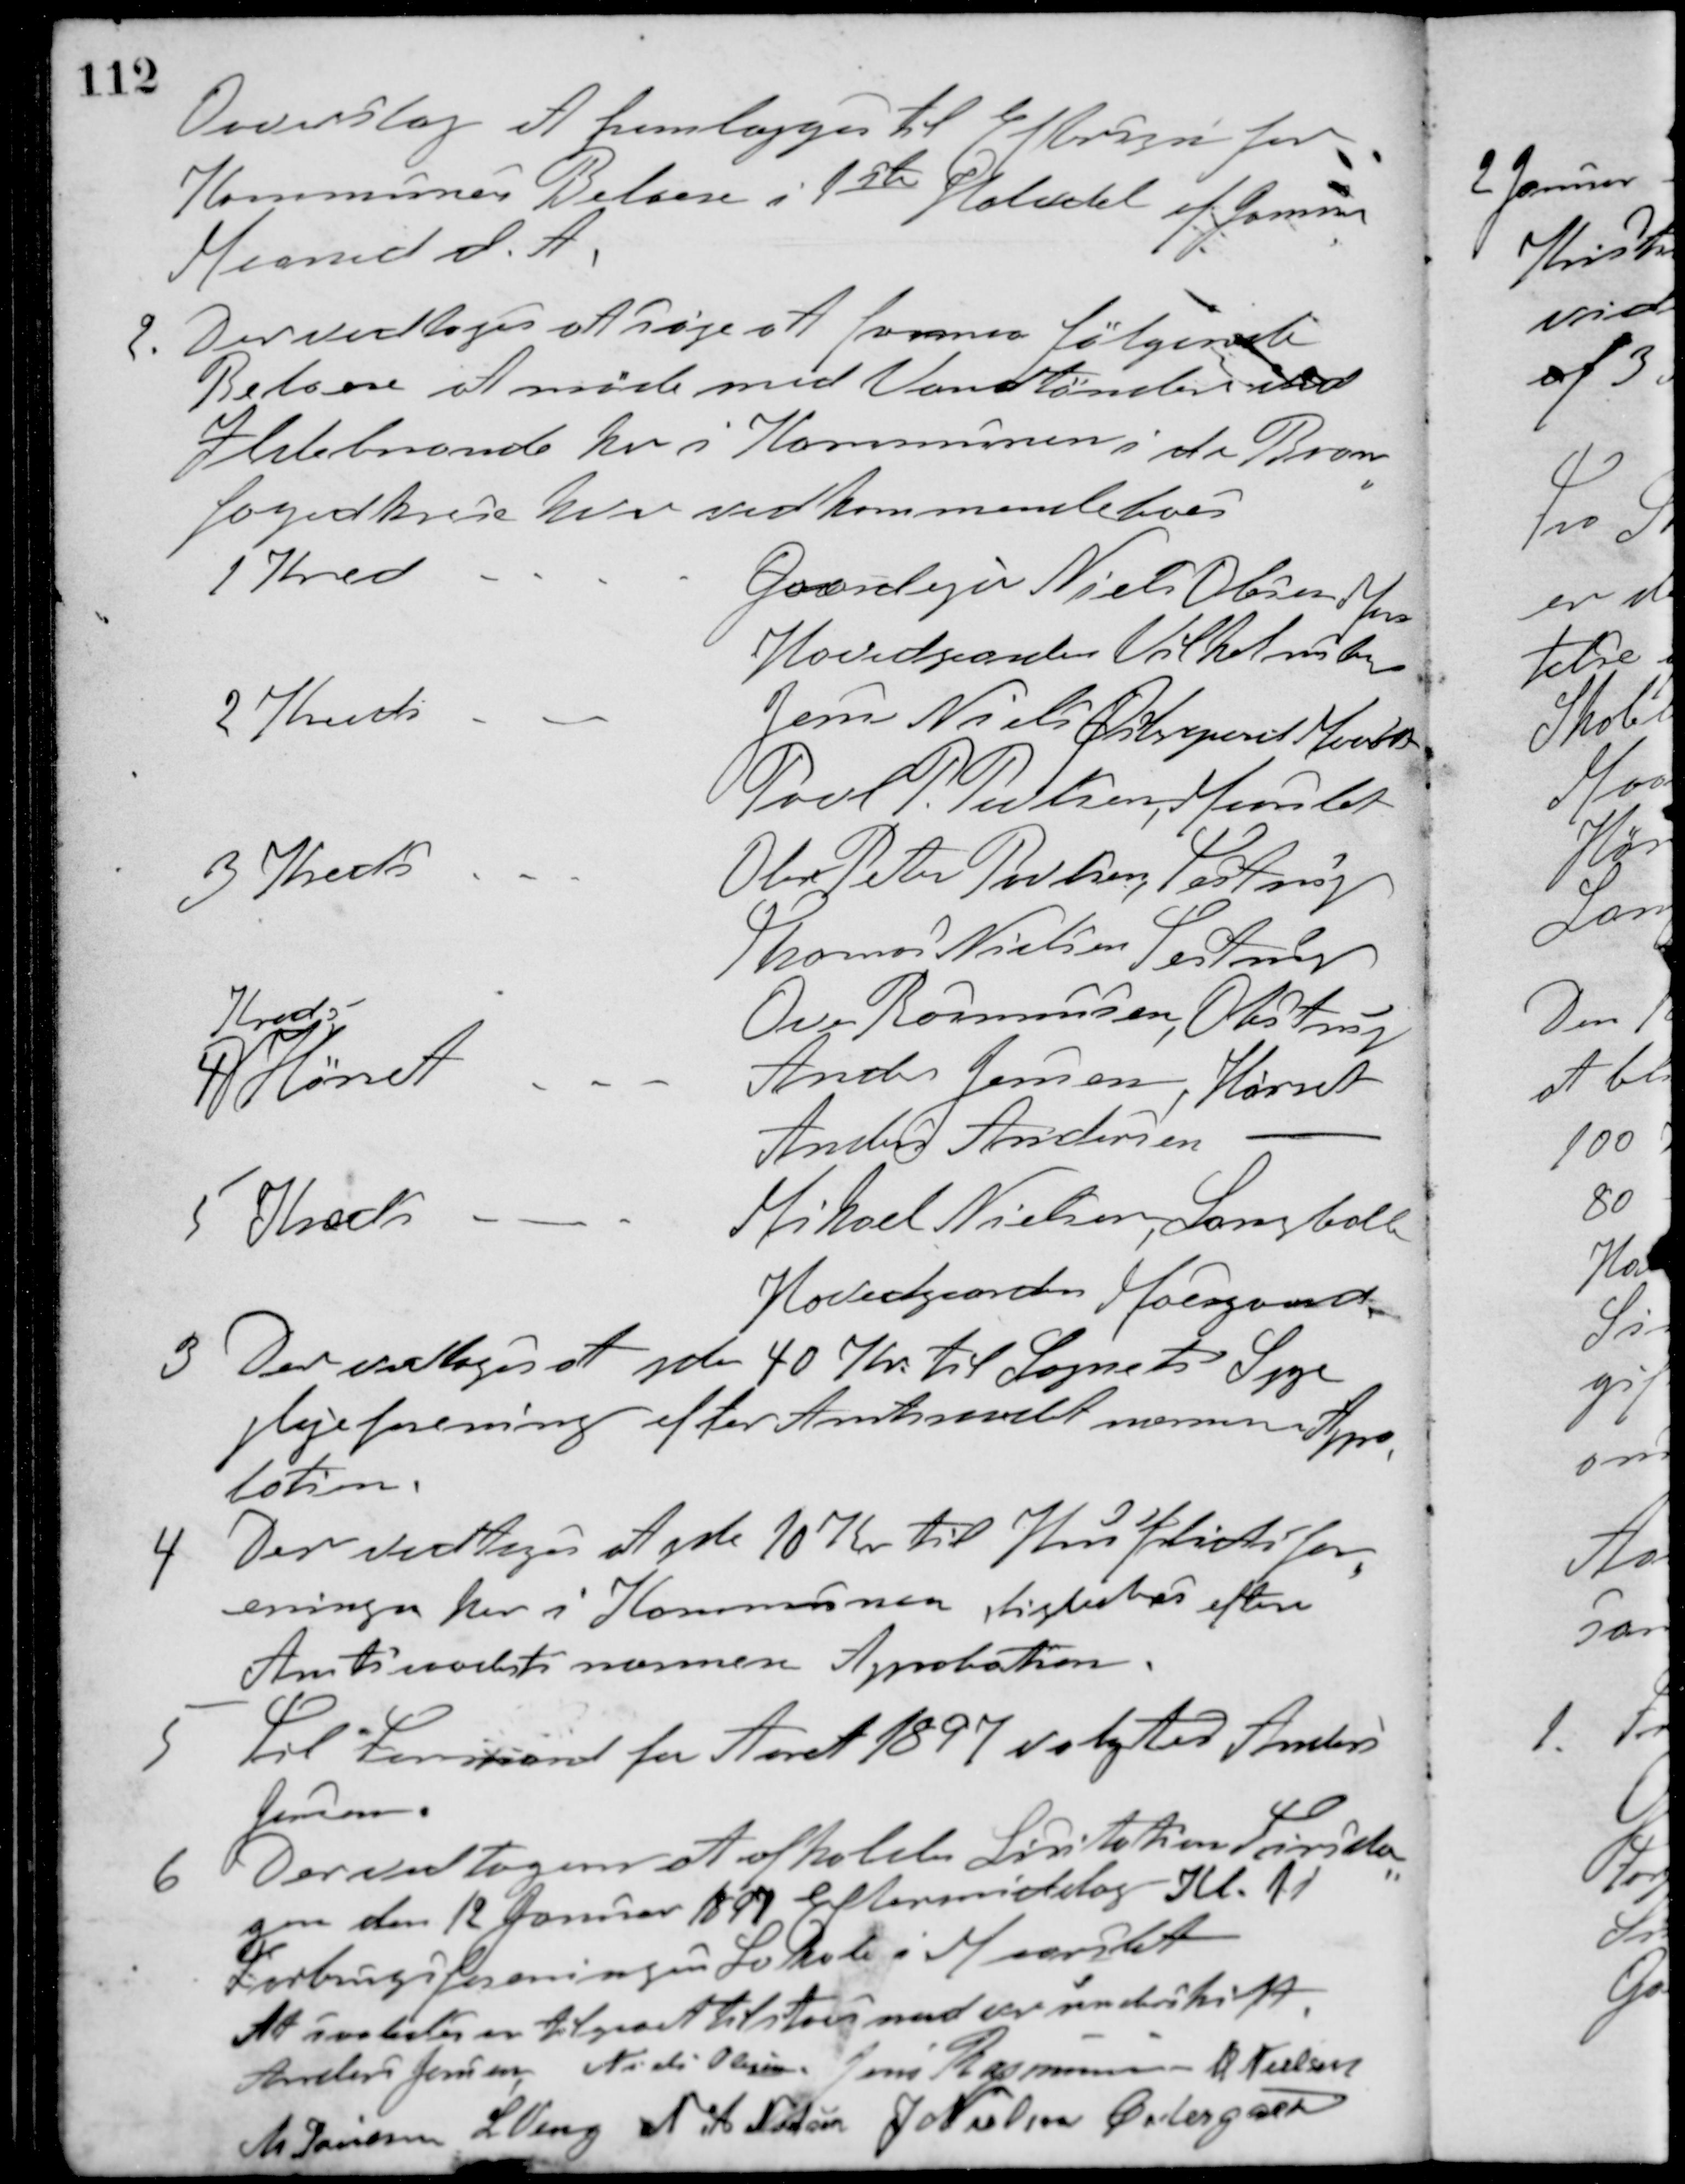
Transskription:
Overslag at fremlægges til Eftersyn for
Kommunes Beboere i 1ste Halvdel af Januar
Maaned d. A.
2. Der vedtoges at søge at formaa følgende
Beboere at møde med Vandtønder ved
Ildebrande her i Kommunen i de Brand-
fogedkrese hvor vedkommende boer
1 Kred
Gaardejer Niels Olsen, Maarslet
Hovedgaarden Vilhelmsborg
2 Kreds
Jens Nielsen Østergaard, Maarslet
Poul P Pedersen, Maarslet
3 Kreds
Ole Peter Povlsen, Testrup
Thomas Nielsen, Testrup
Ove Rasmussen, Obstrup
4
Kreds
Hørret
Anders Jensen, Hørret
Anders Andersen, -
Mikael Nielsen, Langballe
5 Kreds
Hovedgaarden Moesgaard
3. Der vedtoges at yde 40 Kr. til Sognets Syge-
plejeforening efter Amtsraadets nærmere Appro-
bation.
4. Der vedtoges at yde 10 Kr til Husflidsfor-
eningen her i Kommunen, ligeledes efter
Amtsraadets nærmere Approbation.
5. Til Formand for Aaret 1897 valgtes Anders
Jensen.
6. Der vedtoges at afholde Licitation Tirsda-
gen den 12 Januar 1897 Eftermiddag Kl. 1 i
Forbrugsforeningens Lokale i Maarslet.
At saaledes en tilgaaet tilstaaes med vor underskift
Anders Jensen Niels Olesen Jens Rasmussen M. Nielsen
M. Poulsen Laurs Veng N. A. Nielsen J. Nielsen Østergard